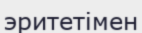
эритетімен